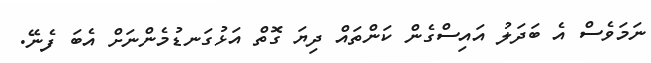
ނަމަވެސް އެ ބަދަލު އައިސްގެން ކަންތައް ދިޔަ ގޮތް އަޅުގަނޑުމެންނަށް އެބަ ފެނޭ.